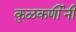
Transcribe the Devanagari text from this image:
कुळकर्णींनी